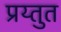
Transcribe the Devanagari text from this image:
प्रय्तुत